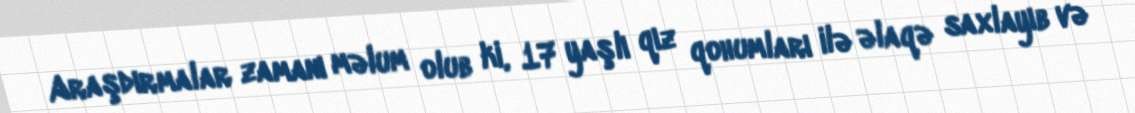
Araşdırmalar zamanı məlum olub ki, 17 yaşlı qız qohumları ilə əlaqə saxlayıb və